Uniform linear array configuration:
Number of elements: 48
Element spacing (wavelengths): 0.5
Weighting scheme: hann
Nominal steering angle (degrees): -45
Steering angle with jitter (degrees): -45.472
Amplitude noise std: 0.05
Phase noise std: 0.05

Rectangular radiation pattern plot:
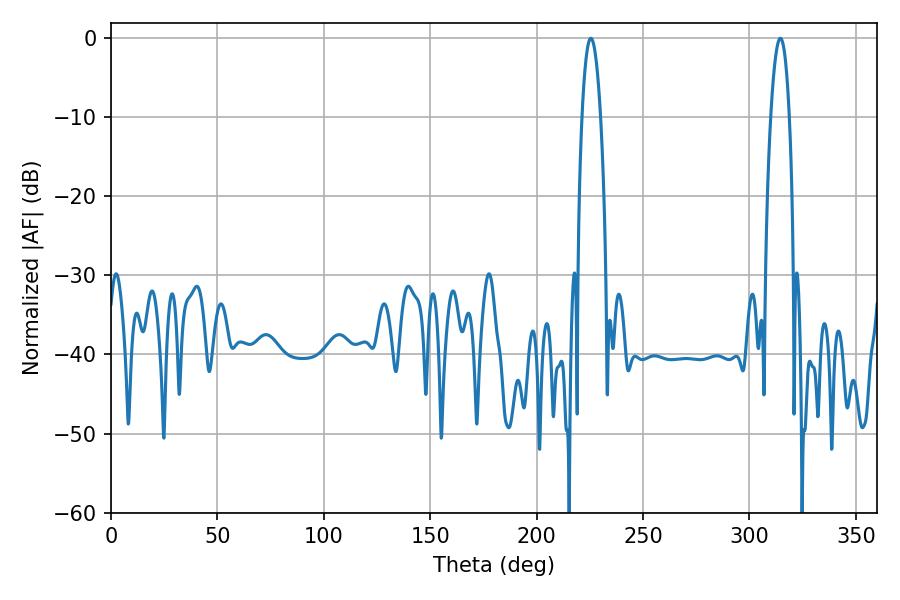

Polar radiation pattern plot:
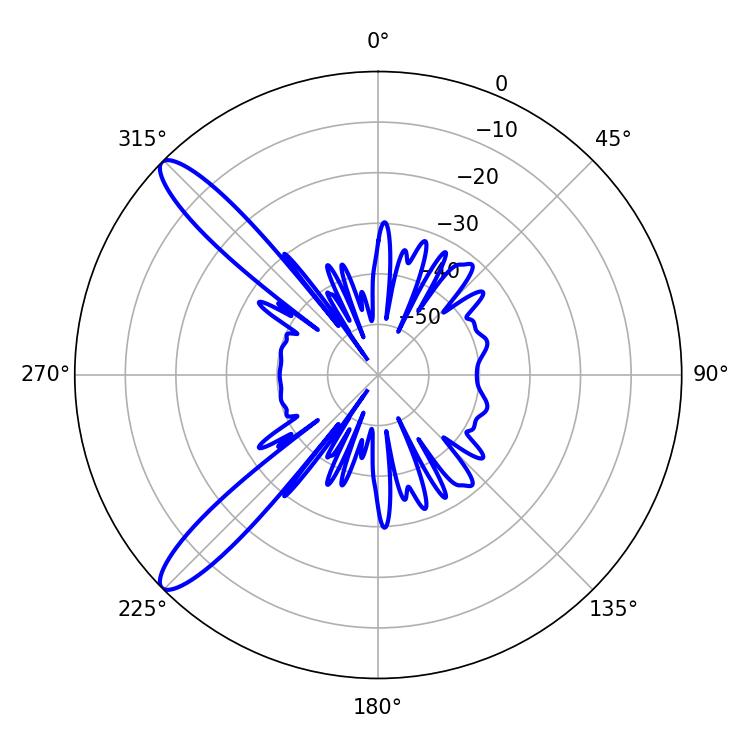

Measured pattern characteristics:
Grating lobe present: FALSE
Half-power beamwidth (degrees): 4.68
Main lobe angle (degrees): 314.46